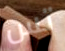
تس